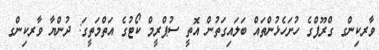
ވާރކިންގ ގްރޫޕްގެ ހުށަހެޅުންތައް ބަލައިގަތުން އޮތީ ސުޕްރީމް ކޯޓުގެ އަތްމަތީގަ: ދުންޔާ ވާރކިންގ